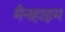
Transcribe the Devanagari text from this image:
मैनहाइम